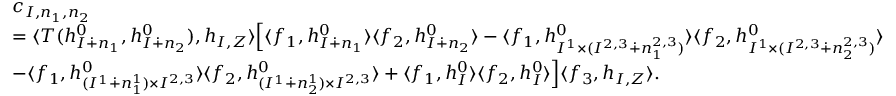
\begin{array} { r l } & { c _ { I , n _ { 1 } , n _ { 2 } } } \\ & { = \langle T ( h _ { I \dotplus n _ { 1 } } ^ { 0 } , h _ { I \dotplus n _ { 2 } } ^ { 0 } ) , h _ { I , Z } \rangle \Big [ \langle f _ { 1 } , h _ { I \dotplus n _ { 1 } } ^ { 0 } \rangle \langle f _ { 2 } , h _ { I \dotplus n _ { 2 } } ^ { 0 } \rangle - \langle f _ { 1 } , h _ { I ^ { 1 } \times ( I ^ { 2 , 3 } \dotplus n _ { 1 } ^ { 2 , 3 } ) } ^ { 0 } \rangle \langle f _ { 2 } , h _ { I ^ { 1 } \times ( I ^ { 2 , 3 } \dotplus n _ { 2 } ^ { 2 , 3 } ) } ^ { 0 } \rangle } \\ & { - \langle f _ { 1 } , h _ { ( I ^ { 1 } \dotplus n _ { 1 } ^ { 1 } ) \times I ^ { 2 , 3 } } ^ { 0 } \rangle \langle f _ { 2 } , h _ { ( I ^ { 1 } \dotplus n _ { 2 } ^ { 1 } ) \times I ^ { 2 , 3 } } ^ { 0 } \rangle + \langle f _ { 1 } , h _ { I } ^ { 0 } \rangle \langle f _ { 2 } , h _ { I } ^ { 0 } \rangle \Big ] \langle f _ { 3 } , h _ { I , Z } \rangle . } \end{array}